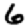
Digit: 6